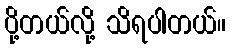
ပို့တယ်လို့ သိရပါတယ်။